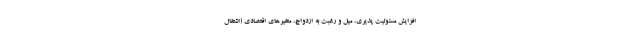
افزایش مسئولیت پذیری، میل و رغبت به ازدواج، متغیرهای اقتصادی (اشتغال